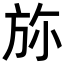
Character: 𣃥